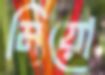
মিয়ো